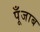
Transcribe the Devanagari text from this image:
पूँजाब